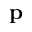
\mathbf { p }